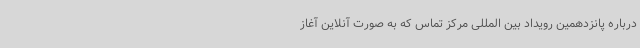
درباره پانزدهمین رویداد بین المللی مرکز تماس که به صورت آنلاین آغاز